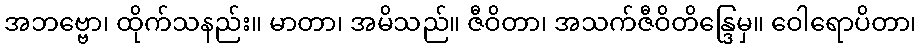
အဘဗ္ဗော၊ ထိုက်သနည်း။ မာတာ၊ အမိသည်။ ဇီဝိတာ၊ အသက်ဇီဝိတိန္ဒြေမှ။ ဝေါရောပိတာ၊